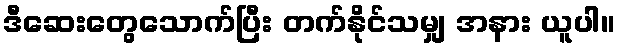
ဒီဆေးတွေသောက်ပြီး တက်နိုင်သမျှ အနား ယူပါ။